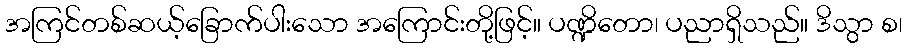
အကြင်တစ်ဆယ့်ခြောက်ပါးသော အကြောင်းတို့ဖြင့်။ ပဏ္ဍိတော၊ ပညာရှိသည်။ ဒိသွာ စ၊